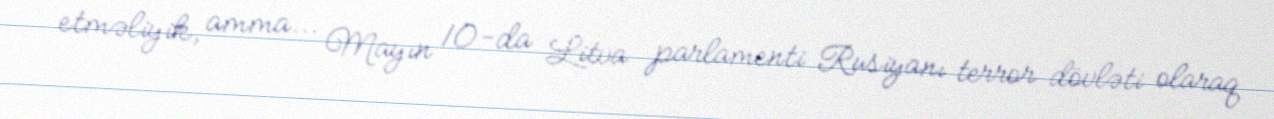
etməliyik, amma... Mayın 10-da Litva parlamenti Rusiyanı terror dövləti olaraq